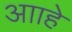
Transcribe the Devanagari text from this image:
आाहे